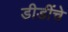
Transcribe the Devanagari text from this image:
डीडींचे